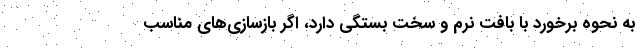
به نحوه برخورد با بافت نرم و سخت بستگی دارد، اگر بازسازی‌های مناسب